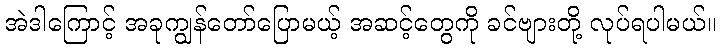
အဲဒါကြောင့် အခုကျွန်တော်ပြောမယ့် အဆင့်တွေကို ခင်ဗျားတို့ လုပ်ရပါမယ်။